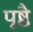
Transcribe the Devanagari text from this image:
पृष्ठै